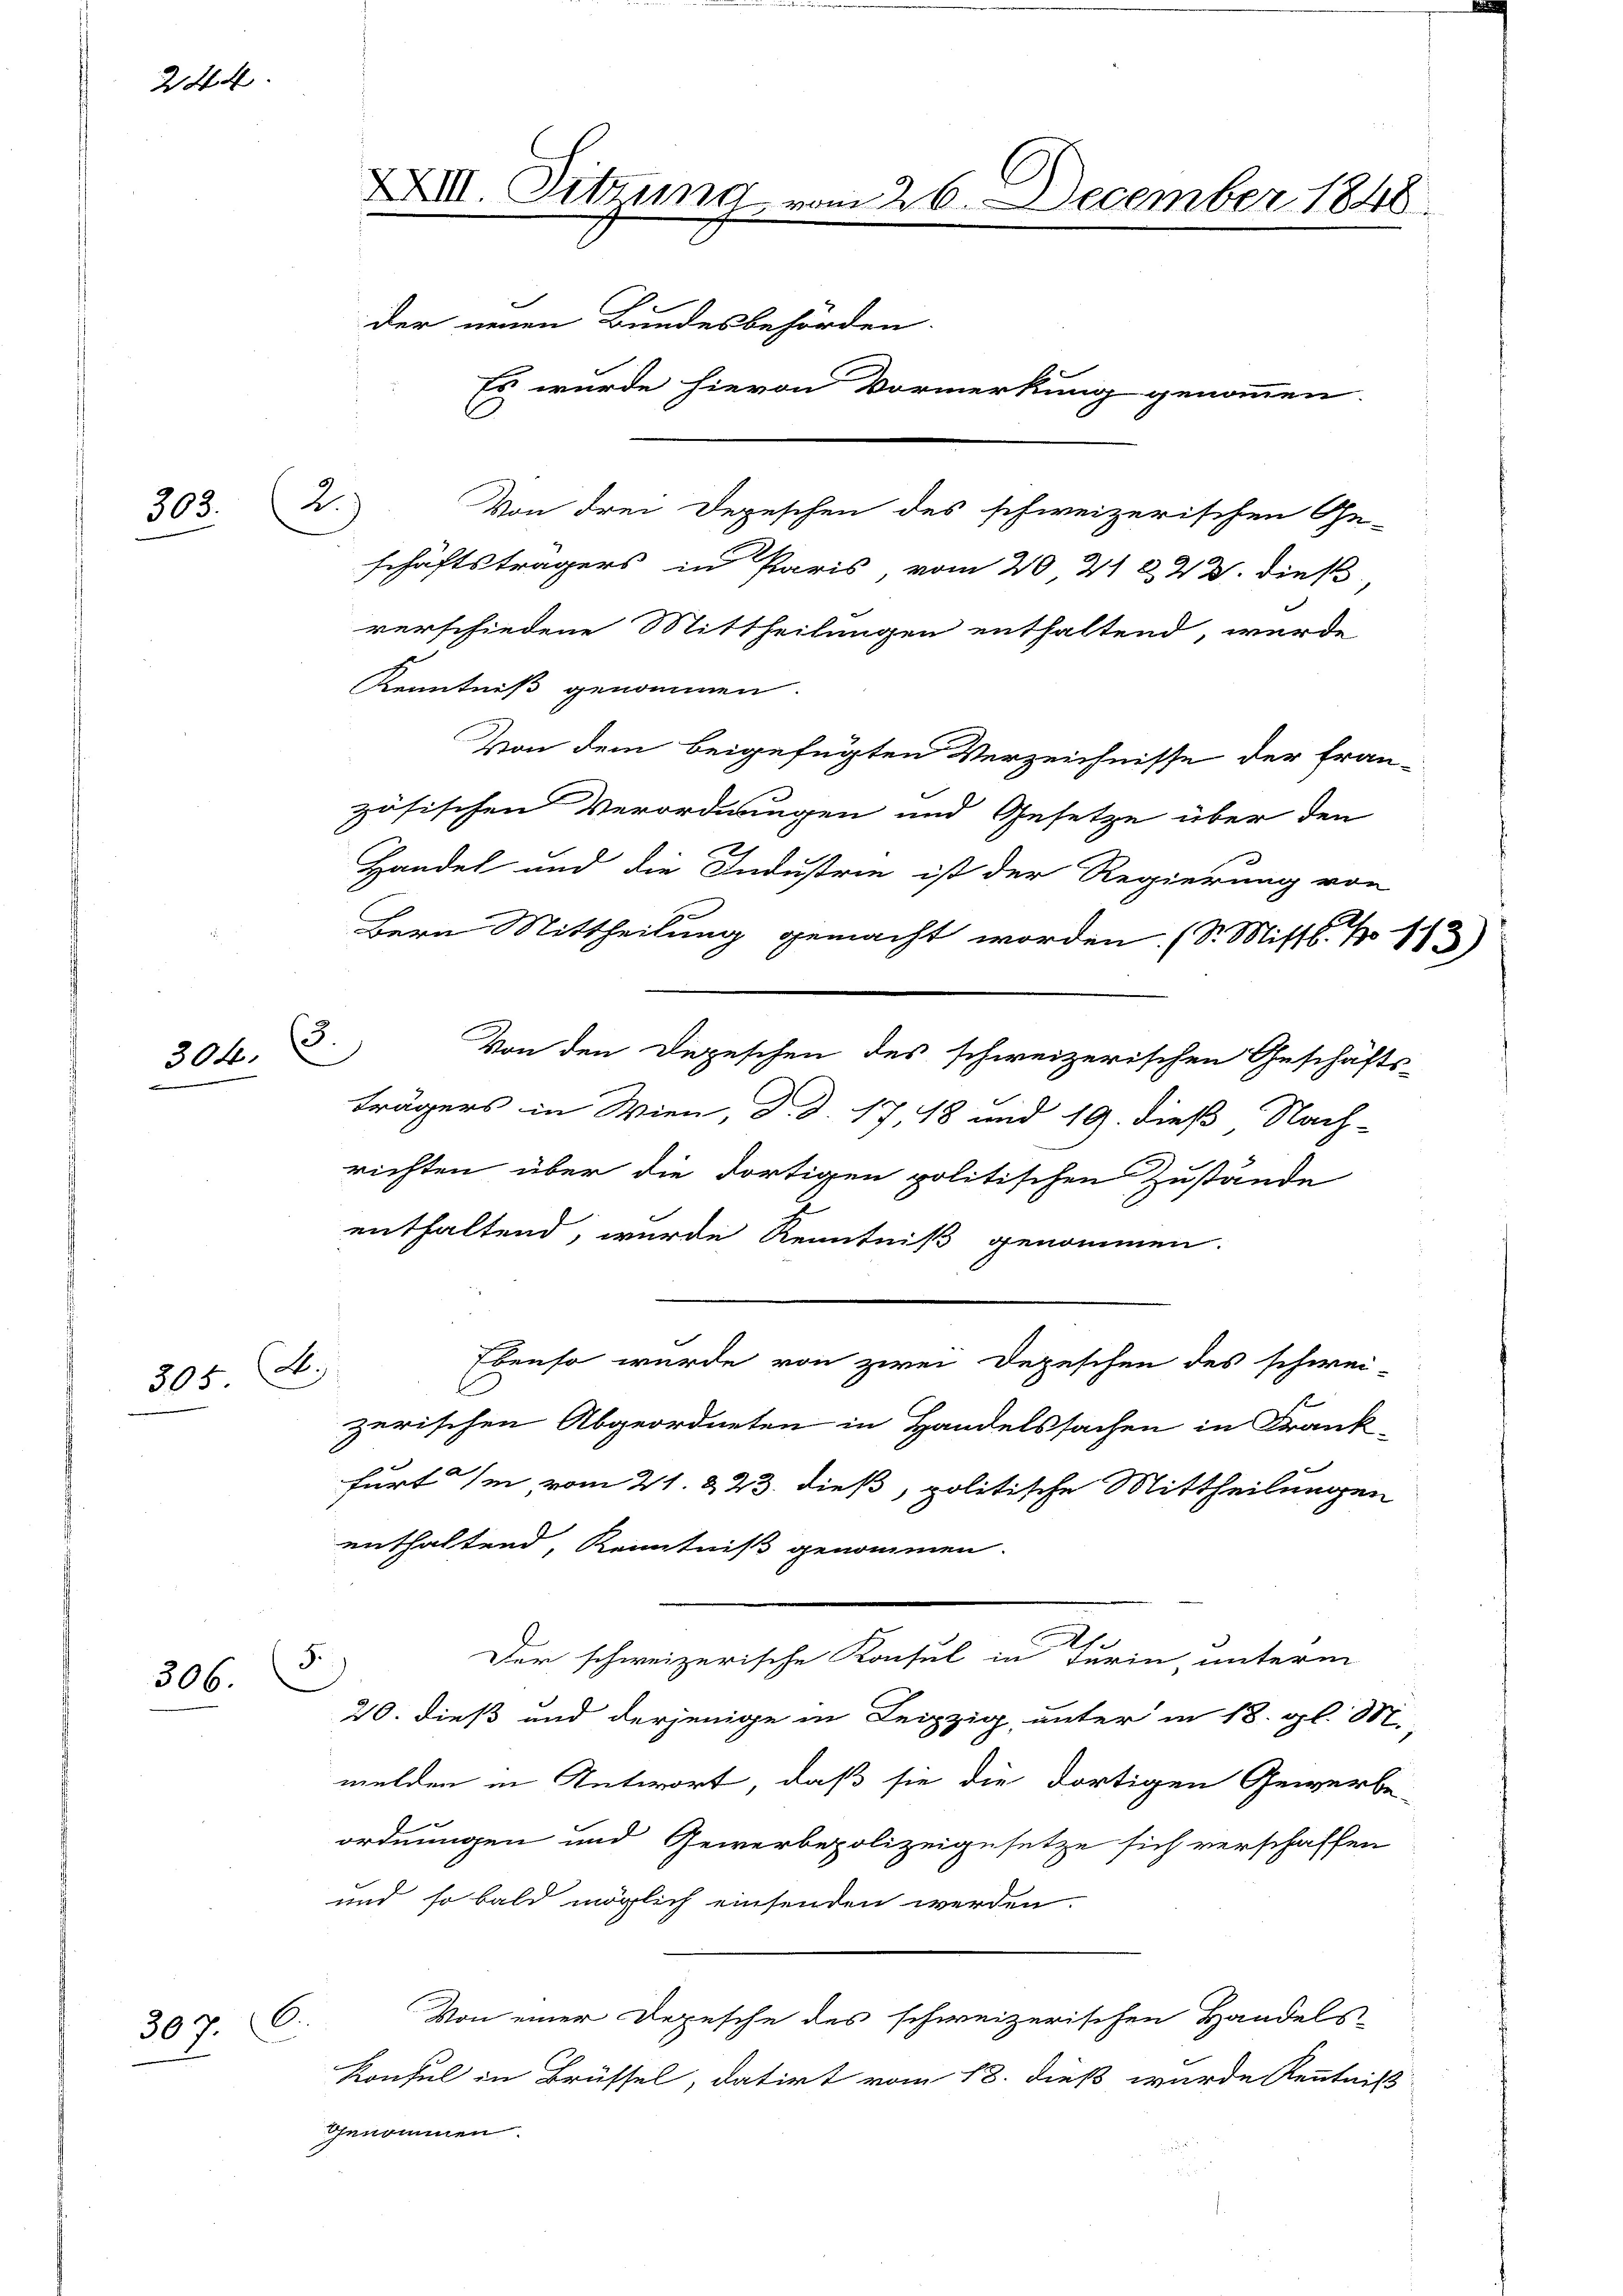
244

303.

304.

305 f.)

306.

307. C.

XXIII. Sitzung vom 26. December 1848
der neuen Bundesbehörden.
Es wurde hievon Vormerkung genommen.
2.
Von drei Depeschen des schweizerischen Ge-
schäftsträgers in Paris, vom 20. 21 & 23. dieß,
verschiedene Mittheilungen enthaltend, wurde
Kenntniß genommen.

3.

5.

Von dem beigefügten Verzeichnisse der fran-
zösischen Verordnungen und Gesetze über den
Handel und die Industrie ist der Regierung von
Bern Mittheilung gemacht worden. (S. Mist. N. 113)
richten über die dortigen politischen Zustände
enthaltend, wurde Kenntniß genommen.
furt in vom 21. & 23. dieß, politische Mittheilungen
enthaltend, Kenntniß genommen.
Der schweizerische Konsul in Furin, unterm
20. dieß und derjenige in Leipzig, unter in 18. gl. M.,
melden in Antwort, daß sie die dortigen Gewerbe-
ordnungen und Gewerbepolizeigesetze sich verschaffen
und so bald möglich einsenden werden.
Von einer Depesche des schweizerischen Handels
Konsul in Brüssel, datirt vom 18. dieß wurde Kenntniß
genommen.

Von den Depeschen des schweizerischen Geschäfts-
trägers in Wien, d. d. 17 18 und 19. dieß Nach-
Ebenso wurde von zwei Depeschen des schweizerischen Abgeordneten in Handelssachen in Frank-